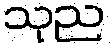
သုည